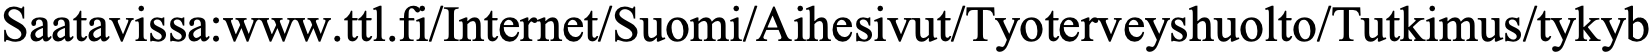
Saatavissa:www.ttl.fi/Internet/Suomi/Aihesivut/Tyoterveyshuolto/Tutkimus/tykyb